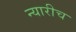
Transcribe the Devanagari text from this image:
न्यारीच